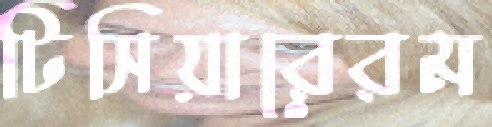
টিসিয়ারেরম